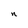
Character: n